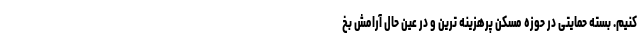
کنیم. بسته حمایتی در حوزه مسکن پرهزینه ترین و در عین حال آرامش بخ